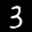
Label: 3